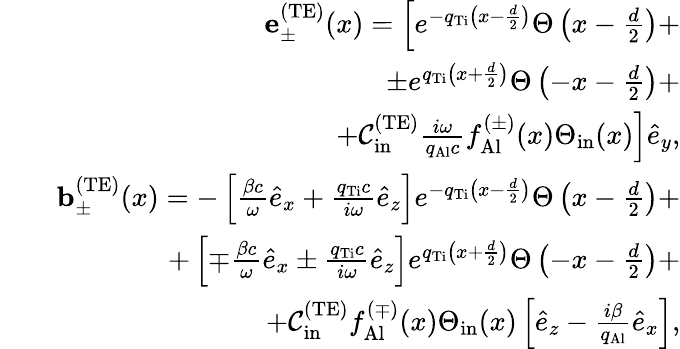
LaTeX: \begin{array}{rlr}&{}&{{\mathbf e}_{\pm}^{\mathrm{(TE)}}(x)=\left[e^{-q_{\mathrm{Ti}}\left(x-\frac{d}{2}\right)}\Theta\left(x-\frac{d}{2}\right)+\right.}\\ &{}&{\left.\pm e^{q_{\mathrm{Ti}}\left(x+\frac{d}{2}\right)}\Theta\left(-x-\frac{d}{2}\right)+\right.}\\ &{}&{\left.+{\cal C}_{\mathrm{in}}^{\mathrm{(TE)}}\frac{i\omega}{q_{\mathrm{Al}}c}f_{\mathrm{Al}}^{(\pm)}(x)\Theta_{\mathrm{in}}(x)\right]\hat{e}_{y},}\\ &{}&{{\mathbf b}_{\pm}^{\mathrm{(TE)}}(x)=-\left[\frac{\beta c}{\omega}\hat{e}_{x}+\frac{q_{\mathrm{Ti}}c}{i\omega}\hat{e}_{z}\right]e^{-q_{\mathrm{Ti}}\left(x-\frac{d}{2}\right)}\Theta\left(x-\frac{d}{2}\right)+}\\ &{}&{+\left[\mp\frac{\beta c}{\omega}\hat{e}_{x}\pm\frac{q_{\mathrm{Ti}}c}{i\omega}\hat{e}_{z}\right]e^{q_{\mathrm{Ti}}\left(x+\frac{d}{2}\right)}\Theta\left(-x-\frac{d}{2}\right)+}\\ &{}&{+{\cal C}_{\mathrm{in}}^{\mathrm{(TE)}}f_{\mathrm{Al}}^{(\mp)}(x)\Theta_{\mathrm{in}}(x)\left[\hat{e}_{z}-\frac{i\beta}{q_{\mathrm{Al}}}\hat{e}_{x}\right],}\end{array}